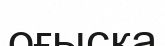
оғысқа